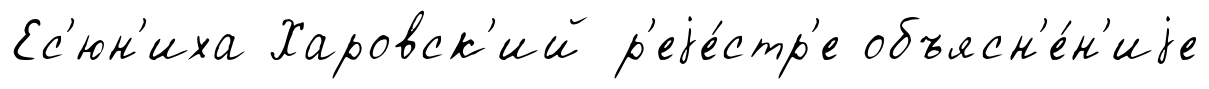
Ес'юн'иха Харовск'ий р'еjе́стр'е объясн'е́н'иjе